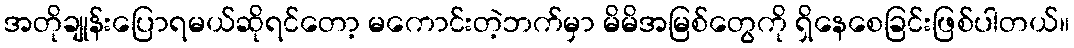
အတိုချုန်းပြောရမယ်ဆိုရင်တော့ မကောင်းတဲ့ဘက်မှာ မိမိအမြစ်တွေကို ရှိနေစေခြင်းဖြစ်ပါတယ်။